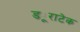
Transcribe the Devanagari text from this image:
ड्यूराटेक